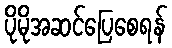
ပိုမိုအဆင်ပြေစေရန်